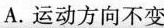
A.运动方向不变